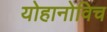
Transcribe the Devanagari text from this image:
योहानोविच